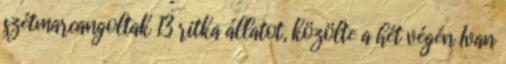
szétmarcangoltak 13 ritka állatot, közölte a hét végén Ivan